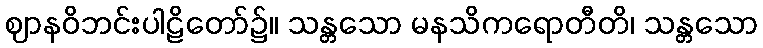
ဈာနဝိဘင်းပါဠိတော်၌။ သန္တသော မနသိကရောတီတိ၊ သန္တသော